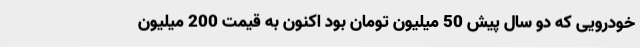
خودرویی که دو سال پیش 50 میلیون تومان بود اکنون به قیمت 200 میلیون